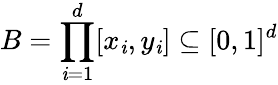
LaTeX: B=\prod_{\mathit{i}=1}^{d}[x_{\mathit{i}},y_{\mathit{i}}]\subseteq[0,1]^{d}